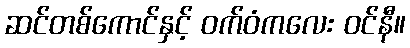
ဆင်တစ်ကောင်နှင့် ဝက်ဝံကလေး ဝင်နီ။